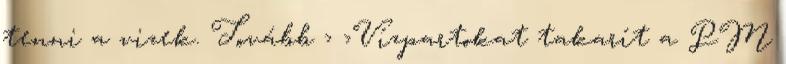
tenni a vizek. Tovább › ›Vízpartokat takarít a PM